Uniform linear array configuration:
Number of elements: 8
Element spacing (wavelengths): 0.75
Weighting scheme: binomial
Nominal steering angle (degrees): -30
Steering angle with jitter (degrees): -31.11
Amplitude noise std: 0.05
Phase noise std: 0.05

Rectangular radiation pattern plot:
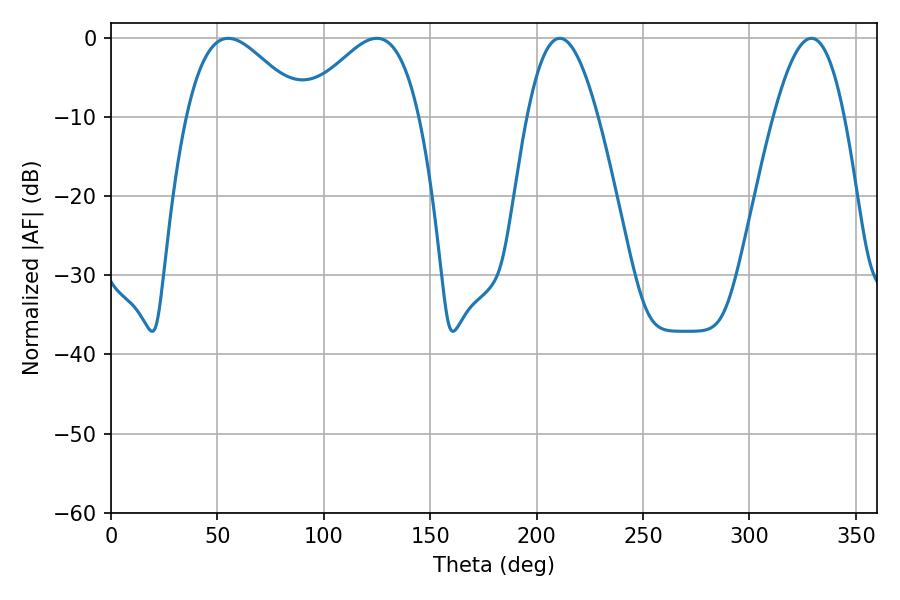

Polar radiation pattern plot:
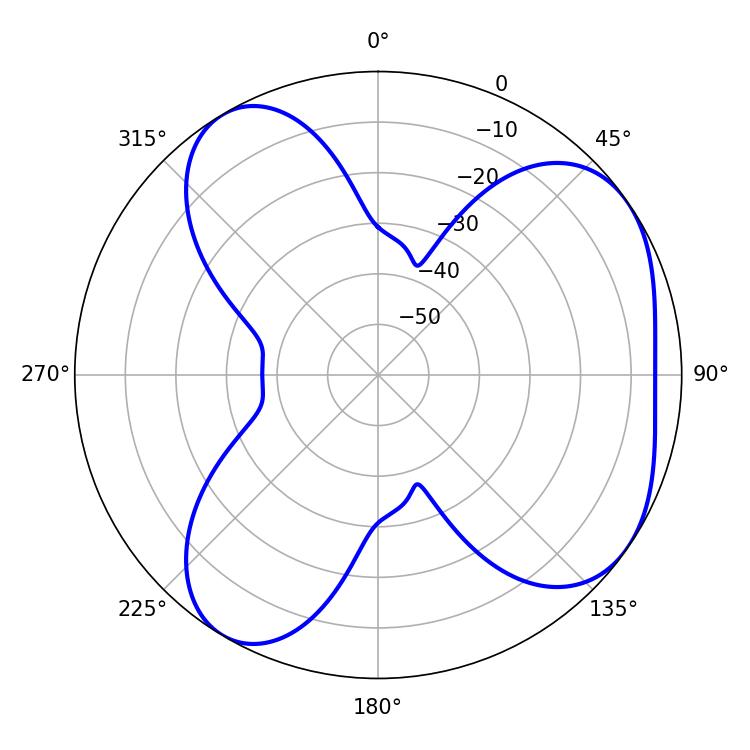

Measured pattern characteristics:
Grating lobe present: TRUE
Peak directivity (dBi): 5.213
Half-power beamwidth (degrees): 29.52
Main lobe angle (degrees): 55.08